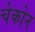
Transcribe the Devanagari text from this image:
चेकोन